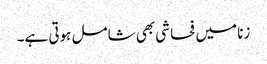
زنا میں فحاشی بھی شامل ہوتی ہے۔